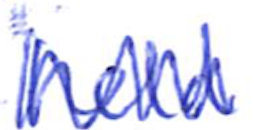
Text: held
Cross-out: zig-zag
Writing tool: ballpoint